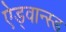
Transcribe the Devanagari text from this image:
ऐड्वान्स्ड